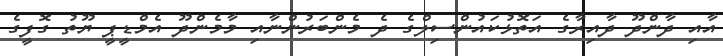
އާއި ދާންދޫ ދާއިރާގެ އަތޮޅުކައުންސިލްގެ ދެ މެންބަރުންނާއި މާމެންދޫ އެމްޑީޕީ ޔޫތު ގޮފީގެ